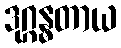
ဒုဂ္ဂန္ဓတာယ